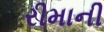
રીમાની